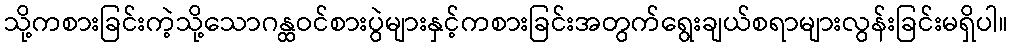
သို့ကစားခြင်းကဲ့သို့သောဂန္ထဝင်စားပွဲများနှင့်ကစားခြင်းအတွက်ရွေးချယ်စရာများလွန်းခြင်းမရှိပါ။